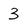
Character: 3